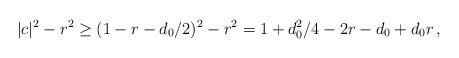
LaTeX: \begin{align*}|c|^{2}-r^{2} \ge (1-r-d_{0}/2)^{2} -r^{2} = 1+d_{0}^{2}/4 -2r -d_{0} +d_{0}r\,,\end{align*}